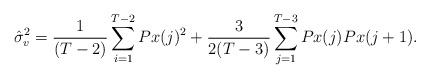
\begin{align*}\hat{\sigma}_v^2= \frac{1}{(T-2)} \sum_{i=1}^{T-2} { Px(j) ^2} +\frac{3}{2(T-3)} \sum_{j=1}^{T-3} { Px(j) Px(j+1)}.\end{align*}